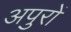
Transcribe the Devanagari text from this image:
अपुरों